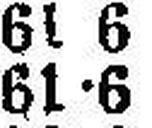
61•6